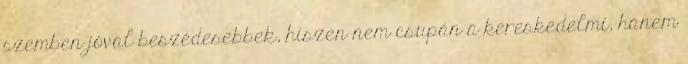
szemben jóval beszédesebbek, hiszen nem csupán a kereskedelmi, hanem